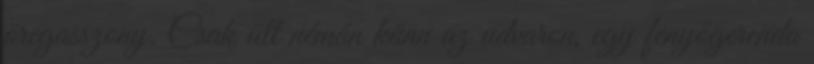
öregasszony. Csak ült némán künn az udvaron, egy fenyőgerenda